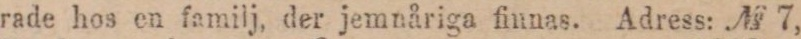
rade hos en familj, der jemnåriga finnas. Adress: № 7,